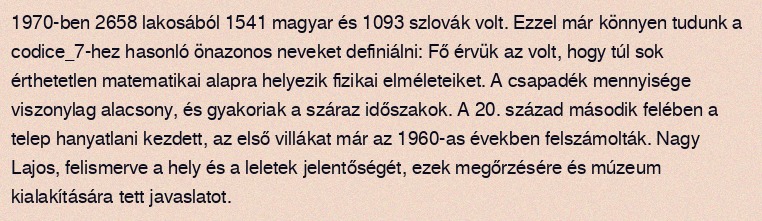
1970-ben 2658 lakosából 1541 magyar és 1093 szlovák volt. Ezzel már könnyen tudunk a codice_7-hez hasonló önazonos neveket definiálni: Fő érvük az volt, hogy túl sok érthetetlen matematikai alapra helyezik fizikai elméleteiket. A csapadék mennyisége viszonylag alacsony, és gyakoriak a száraz időszakok. A 20. század második felében a telep hanyatlani kezdett, az első villákat már az 1960-as években felszámolták. Nagy Lajos, felismerve a hely és a leletek jelentőségét, ezek megőrzésére és múzeum kialakítására tett javaslatot.